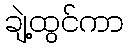
ချဲ့ထွင်ကာ